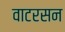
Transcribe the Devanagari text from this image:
वाटरसन